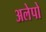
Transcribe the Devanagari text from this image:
अलेपो